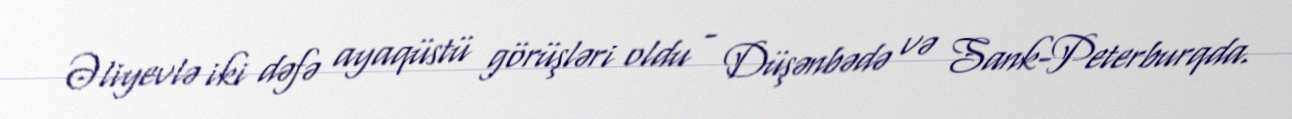
Əliyevlə iki dəfə ayaqüstü görüşləri oldu - Düşənbədə və Sank-Peterburqda.